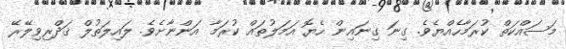
މަސައްކަތް ކުރަމާހެއްޔެވެ. ގިނަ ގިނައިން ހެޔޮ އަމަލުތައް ކުރަމާ އަންނާށެވެ. ލައިލަތުލް ޤަދްރިވިލޭރޭ